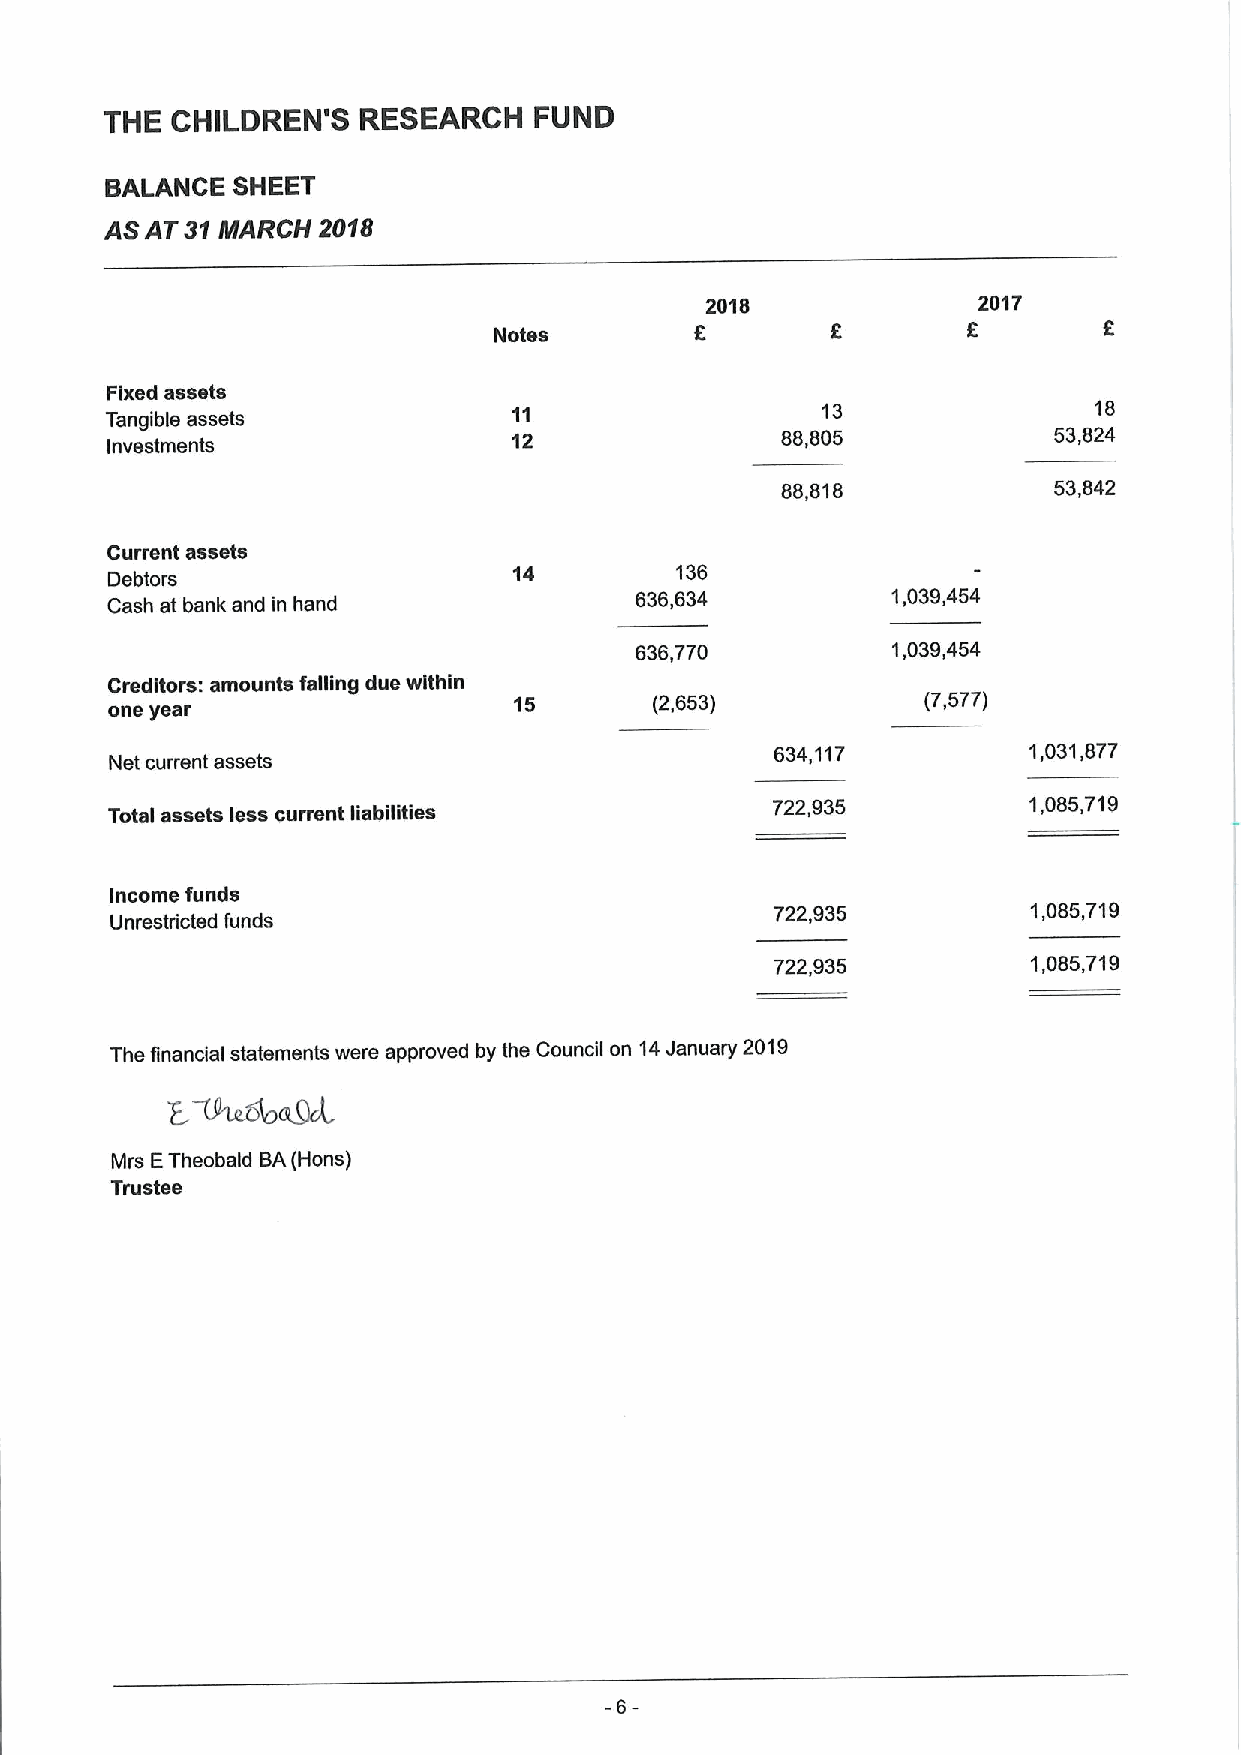
THE CHILDREN'S   RESEARCH   FUND
 BALANCE SHEET
 ASAT 31MARCH  2018
 2018              2017
 Notes        6                 8
 Fixed assets
 Tangible assets            11                  13                18
 12                88,805            53,824
 Investments
 88,818            53,842
 Current assets
 14         136
 Debtors
 Cash at bank and in hand
 636,634          1,039,454
 636,770          1,039,454
 Creditors: amounts falling due within
 one year                   15       (2,653)           (7,577)
 Net current assets
 634,117          1,031,877
 Total assets less current liabilities
 722,935          1,085,719
 Income funds
 722,935          1,085,719
 Unrestricted funds
 722,935          1,085,719
 The financial statements were approved by the Council on 14January 2019
 Mrs ETheobald BA(Hens)
 Trustee